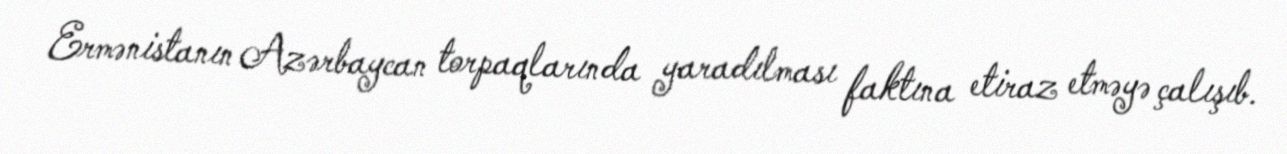
Ermənistanın Azərbaycan torpaqlarında yaradılması faktına etiraz etməyə çalışıb.